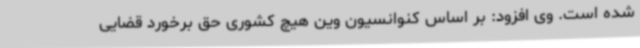
شده است. وی افزود: بر اساس کنوانسیون وین هیچ کشوری حق برخورد قضایی